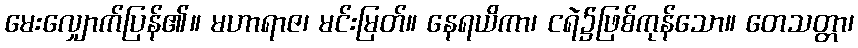
မေးလျှောက်ပြန်၏။ မဟာရာဇ၊ မင်းမြတ်။ နေရယိကာ၊ ငရဲ၌ဖြစ်ကုန်သော။ တေသတ္တာ၊